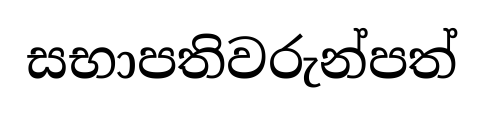
සභාපතිවරුන්පත්